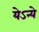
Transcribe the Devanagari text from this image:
येऽन्ये